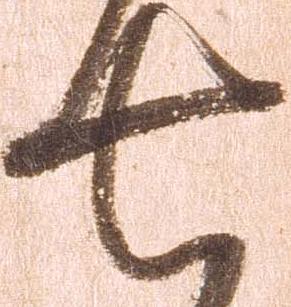
七